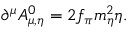
\partial ^ { \mu } A _ { \mu , \eta } ^ { 0 } = 2 f _ { \pi } m _ { \eta } ^ { 2 } \eta .